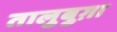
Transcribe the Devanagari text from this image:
तालुबुग़ा